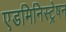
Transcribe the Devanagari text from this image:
एडमिनिस्ट्रेषन